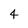
Character: 4